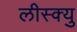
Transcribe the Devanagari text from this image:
लीस्क्यु